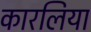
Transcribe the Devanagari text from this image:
कारलिया